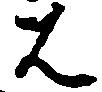
者